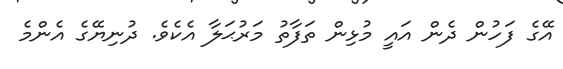
އޭގެ ފަހުން ދެން އައީ މުޅިން ތަފާތު މަރުޙަލާ އެކެވެ. ދުނިޔޭގެ އެންމެ